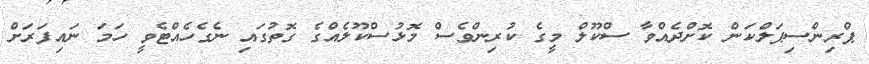
ޕްރިންސިޕަލްކަން ކޮށްދެއްވާ ސްކޫލް މީގެ ކުރިންވެސް މޮޅުސްކޫލެއްގެ ގޮތުގައި ނެގެހެއްޓެވީ ހަަމަ ނައިފަރަށް